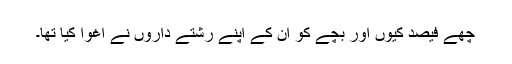
چھے فیصد کیوں اور بچے کو ان کے اپنے رشتے داروں نے اغوا کیا تھا۔